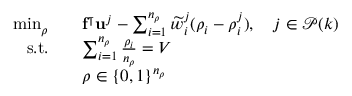
\begin{array} { r l } { \operatorname* { m i n } _ { \boldsymbol { \rho } } } & { \quad \mathbf { f } ^ { \intercal } \mathbf { u } ^ { j } - \sum _ { i = 1 } ^ { n _ { \rho } } \widetilde { w } _ { i } ^ { j } ( \rho _ { i } - \rho _ { i } ^ { j } ) , \quad j \in \mathcal { P } ( k ) } \\ { \mathrm { s . t . } } & { \quad \sum _ { i = 1 } ^ { n _ { \rho } } \frac { \rho _ { i } } { n _ { \rho } } = V } \\ & { \quad \boldsymbol { \rho } \in \{ 0 , 1 \} ^ { n _ { \rho } } } \end{array}